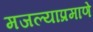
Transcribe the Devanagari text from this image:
मजल्याप्रमाणे